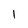
Character: l